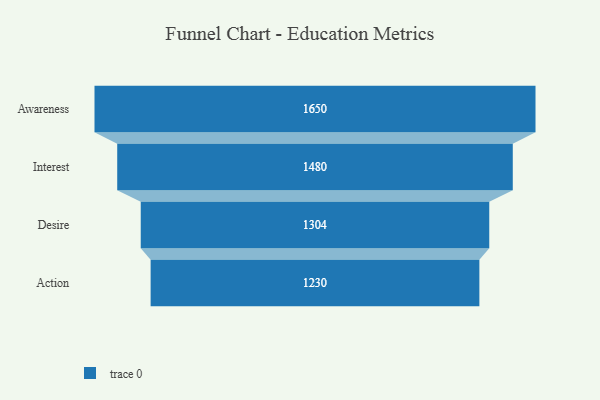
{"axis": {"x": "Stage", "y": "Value"}, "legend": [""], "data": [{"x": "Awareness", "y": 1650.0, "type": ""}, {"x": "Interest", "y": 1480.0, "type": ""}, {"x": "Desire", "y": 1304.0, "type": ""}, {"x": "Action", "y": 1230.0, "type": ""}]}